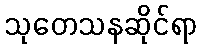
သုတေသနဆိုင်ရာ